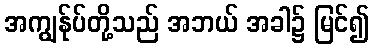
အကျွန်ုပ်တို့သည် အဘယ် အခါ၌ မြင်၍